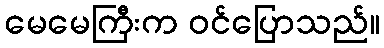
မေမေကြီးက ဝင်ပြောသည်။